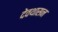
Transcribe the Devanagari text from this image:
देवथासन